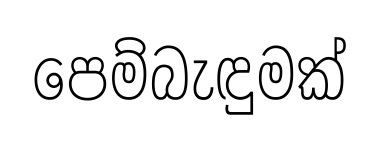
පෙම්බැඳුමක්